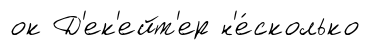
ок Д'ек'ейт'ер н'е́сколько